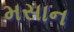
મસાન